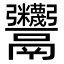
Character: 𩱷